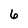
Character: 6